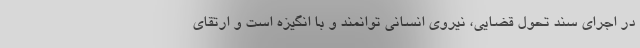
در اجرای سند تحول قضایی، نیروی انسانی توانمند و با انگیزه است و ارتقای